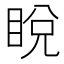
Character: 𥆟